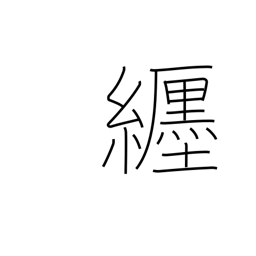
Meaning: wear